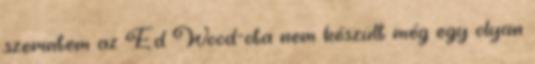
szerintem az Ed Wood-ota nem készült még egy olyan